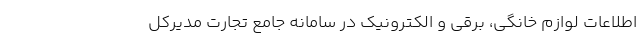
اطلاعات لوازم خانگی، برقی و الکترونیک در سامانه جامع تجارت مدیرکل